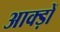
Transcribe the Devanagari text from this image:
आक्ड़ों